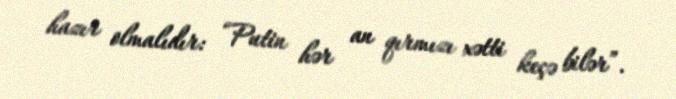
hazır olmalıdır: “Putin hər an qırmızı xətti keçə bilər”.